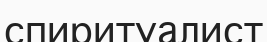
спиритуалист